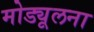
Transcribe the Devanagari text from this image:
मोड्यूलना